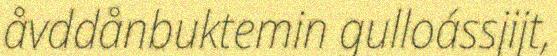
åvddånbuktemin gulloássjijt,